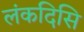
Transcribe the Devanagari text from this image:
लंकदिसि